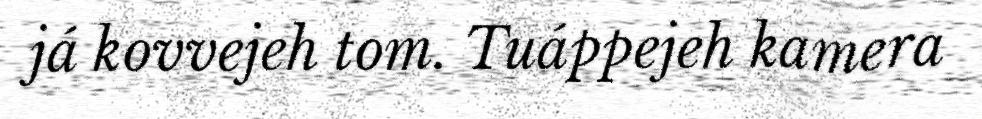
já kovvejeh tom. Tuáppejeh kamera